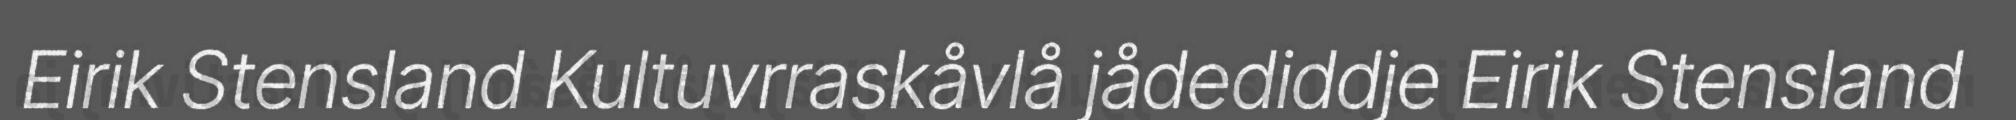
Eirik Stensland Kultuvrraskåvlå jådediddje Eirik Stensland